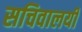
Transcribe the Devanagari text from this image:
सचिवालयी